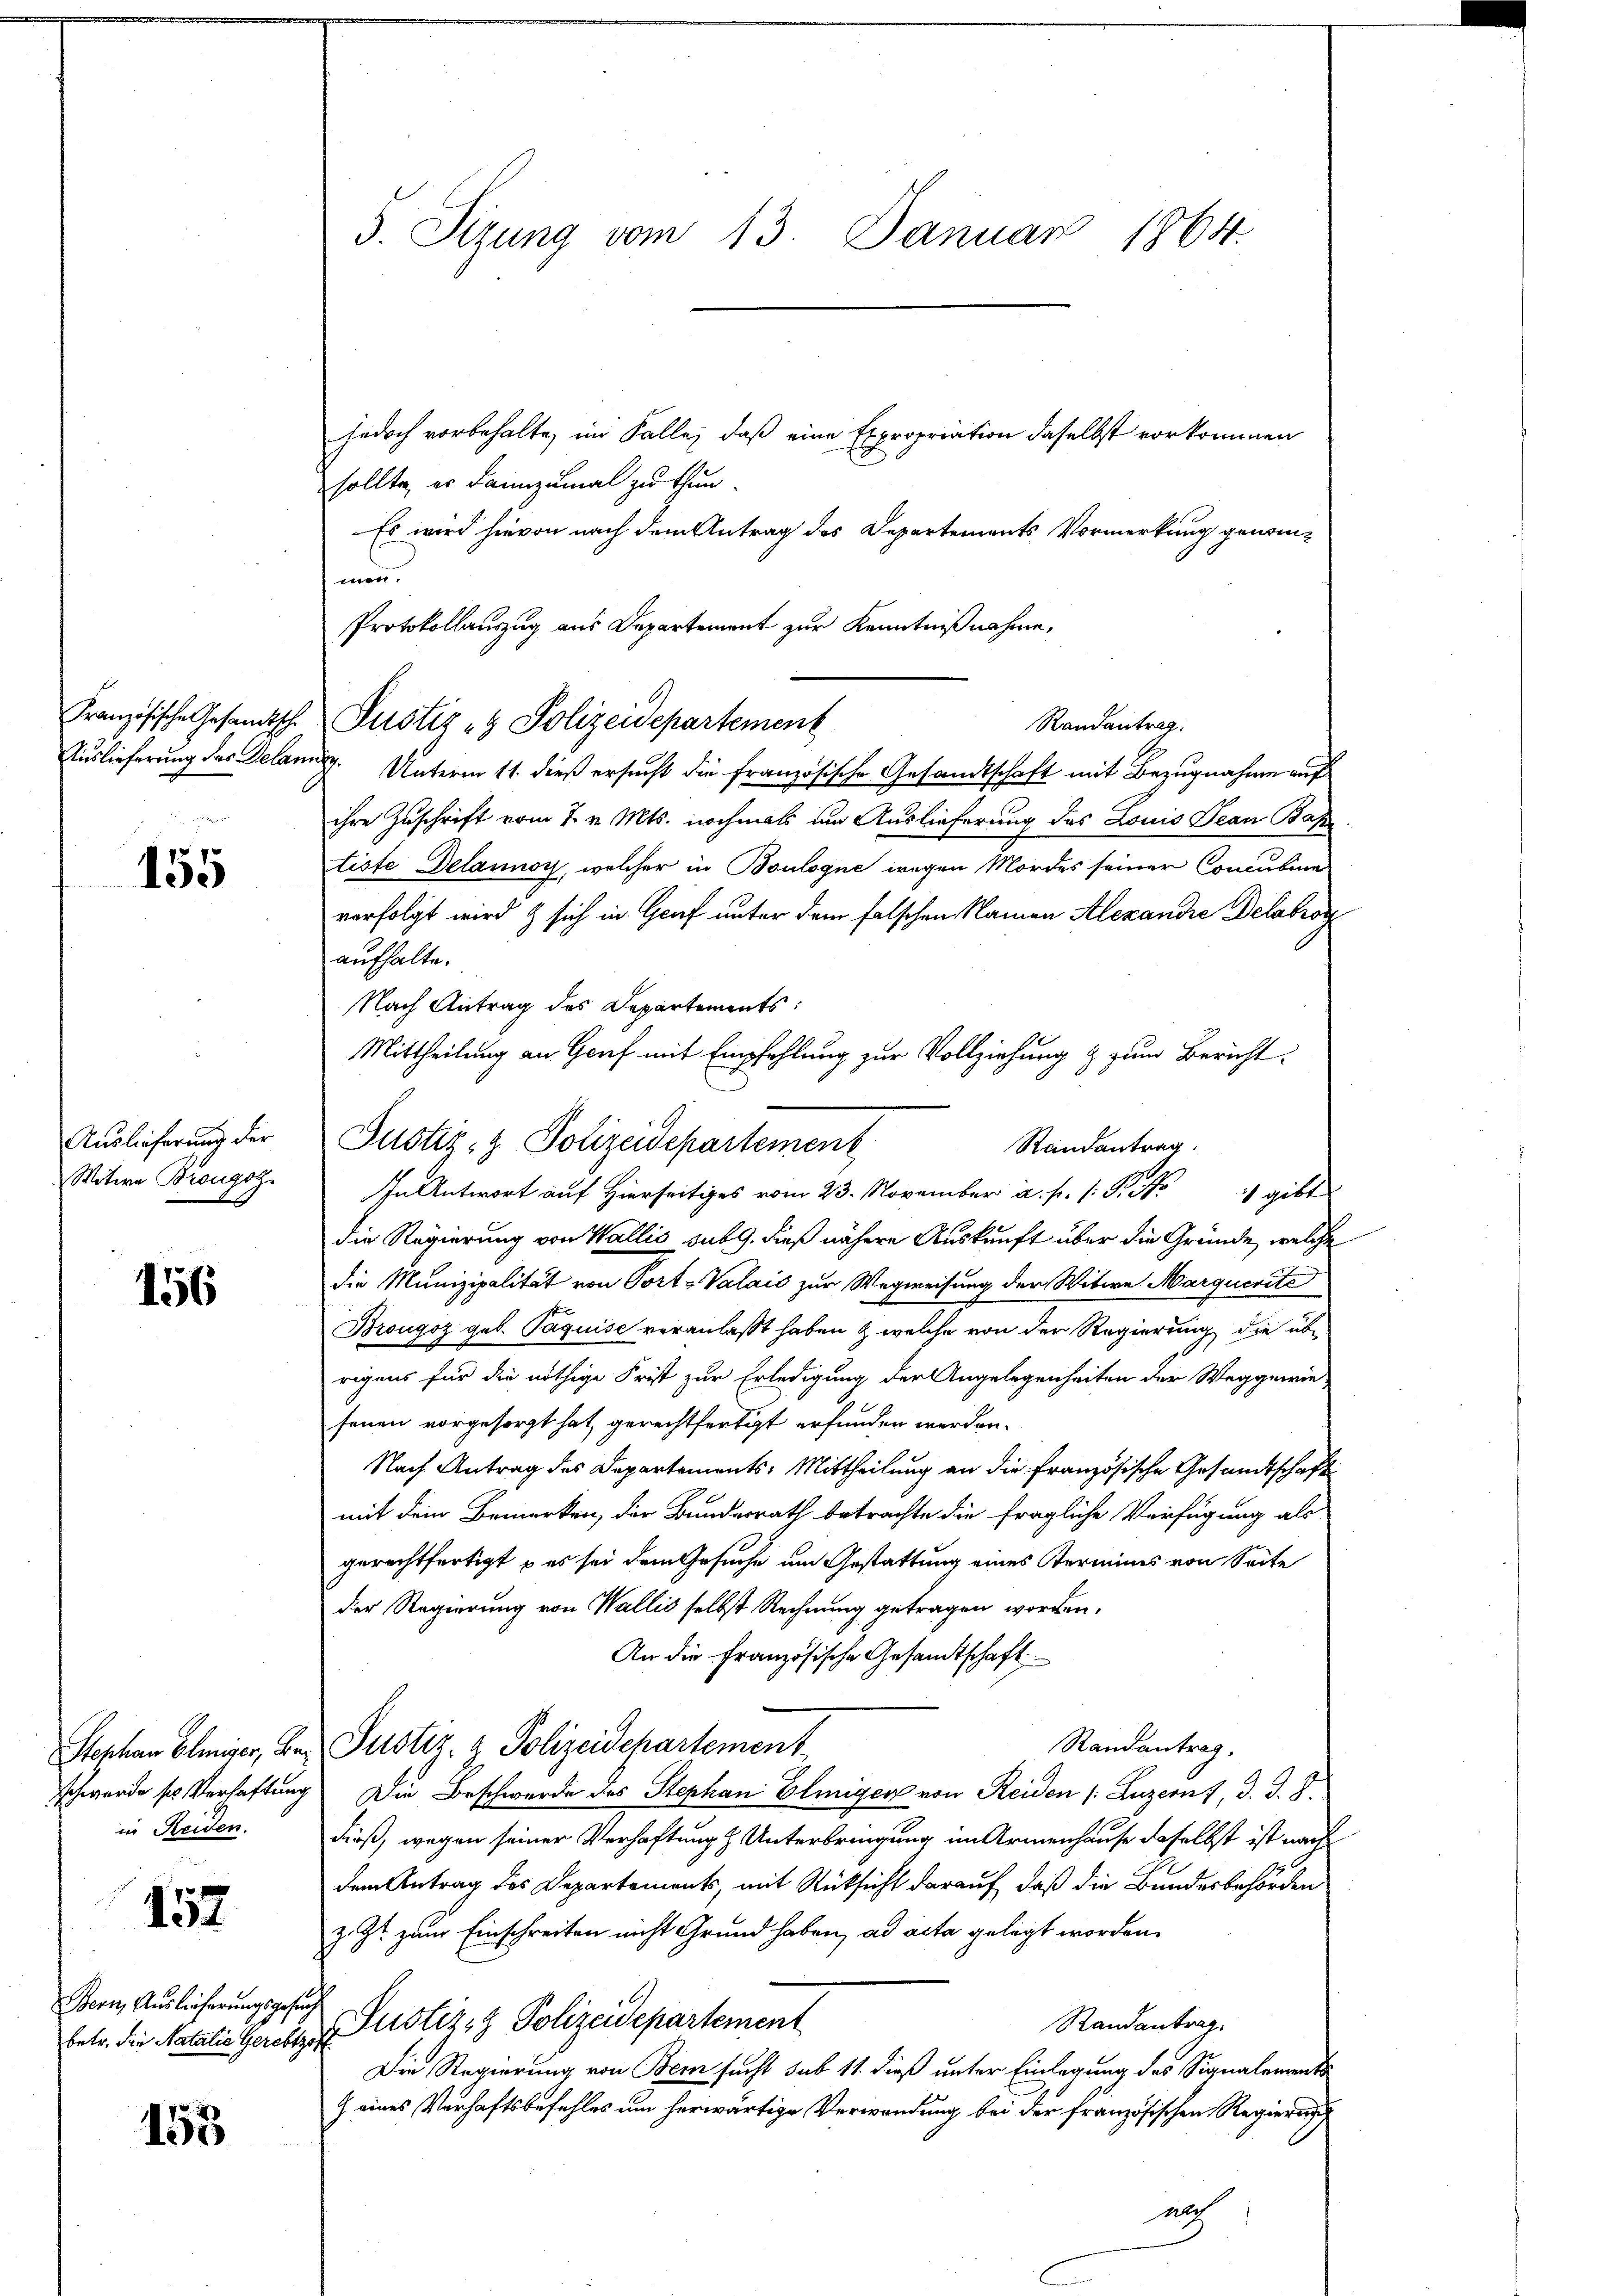
155

jedoch vorbehalte, im Falle, daß eine Expropriation daselbst vorkommen
sollte, es dannzumal zu thun.
Es wird hievon nach dem Antrag des Departements Vormerkung genommen.
Protokollauszug aus Departement zur Kenntnißnahme,
Randantrag.
Auslieferung des Gelang. Unterm 11. dieß ersucht die französische Gesandtschaft mit Bezugnahme auf
ihre Zuschrift vom 7. v. Mts. nochmals um Auslieferung des Louis Jean Bap
tiste Delannoy, welcher in Boulogne wegen Mordes seiner Concubire
verfolgt wird & sich in Graf unter dem falschen Namen Alexandie Delabrog
aufhalte.
Nach Antrag des Departements:
Mittheilung an Genf mit Empfehlung zur Vollziehung & zum Bericht
Justiz- & Polizeidepartement
Randantrag
.
die Regierung von Wallis sub 9. dieß nähere Auskunft über die Gründe, welche
die Munizipalität von Port-Valais zur Wegweisung der Witwe Marquerite
Brougoz geb. Paquise veranlaßt haben & welche von der Regierung die übe
rigens für die nöthige Frist zur Erledigung der Angelegenheiten der Weggewie-
senen vorgesorgt hat, gerechtfertigt erfunden werden.
Nach Antrag des Departements: Mittheilung an die französische Gesandtschaft
mit dem Bemerken, der Bundesrath betrachte die fragliche Verfügung als
gerechtfertigt – es sei dem Gesuche um Gestattung eines Terminis von Seite
der Regierung von Wallis selbst Rechnung getragen worden.
An die Französische Gesandtschaft
Randantrag.
Stephan Elmiser, Bar Justiz- & Polizeidepartement
schwerde so Verhaftung die Beschwerde des Stephan Elmigen von Reiden (Luzernt, d. d. J.
dieß, wegen seiner Verhaftung & Unterbringung im Armenhause daselbst ist nach
dem Antrag des Departements, mit Rücksicht darauf, daß die Bundesbehörden
z. Zt. zum Einschreiten nicht Grund haben, ad acta gelegt worden.
Justiz- & Polizeidepartement
Randantrag.
Die Regierung von Bern sucht sub 11. dieß unter Einlegung des Signalements
9 eines Verhaftsbefehles um herwärtige Verwendung bei der französischen Regierung
auch

Auslieferung der
Witwe Bronzog.

156

157

153

in Reiden.

Bern, Auslieferungsgesuch
betr. die Natalie Gerebtzoff

5. Sizung vom 13. Januar 1864.

Französische Gesandtsch. Justiz - Polizeidepartement